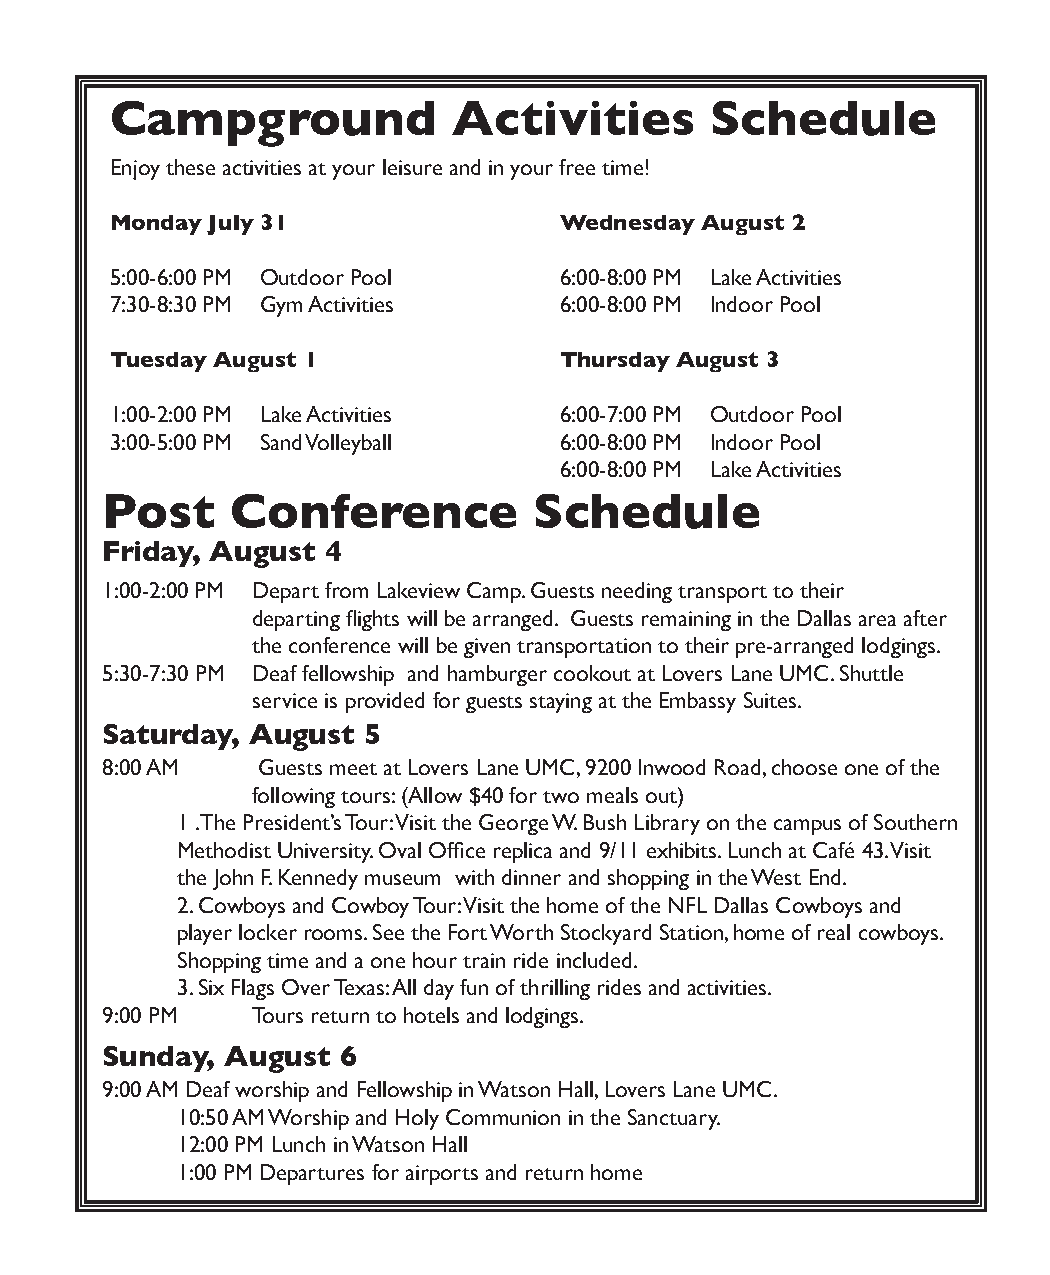
Campground             Activities       Schedule
 Enjoy these activities at your leisure and in your free time!
 Monday July 31                Wednesday August 2
 5:00-6:00 PM Outdoor Pool     6:00-8:00 PM Lake Activities
 7:30-8:30 PM Gym Activities   6:00-8:00 PM Indoor Pool
 Tuesday August 1              Thursday August 3
 1:00-2:00 PM Lake Activities  6:00-7:00 PM Outdoor Pool
 3:00-5:00 PM Sand Volleyball  6:00-8:00 PM Indoor Pool
 6:00-8:00 PM Lake Activities
 Post    Conference          Schedule
 Friday, August 4
 1:00-2:00 PM Depart from Lakeview Camp. Guests needing transport to their
 departing flights will be arranged. Guests remaining in the Dallas area after
 the conference will be given transportation to their pre-arranged lodgings.
 5:30-7:30 PM Deaf fellowship and hamburger cookout at Lovers Lane UMC. Shuttle
 service is provided for guests staying at the Embassy Suites.
 Saturday, August 5
 8:00 AM   Guests meet at Lovers Lane UMC, 9200 Inwood Road, choose one of the
 following tours: (Allow $40 for two meals out)
 1 .The President’s Tour: Visit the George W. Bush Library on the campus of Southern
 Methodist University. Oval Office replica and 9/11 exhibits. Lunch at Café 43. Visit
 the John F. Kennedy museum with dinner and shopping in the West End.
 2. Cowboys and Cowboy Tour: Visit the home of the NFL Dallas Cowboys and
 player locker rooms. See the Fort Worth Stockyard Station, home of real cowboys.
 Shopping time and a one hour train ride included.
 3. Six Flags Over Texas: All day fun of thrilling rides and activities.
 9:00 PM   Tours return to hotels and lodgings.
 Sunday, August 6
 9:00 AM Deaf worship and Fellowship in Watson Hall, Lovers Lane UMC.
 10:50 AM Worship and Holy Communion in the Sanctuary.
 12:00 PM Lunch in Watson Hall
 1:00 PM Departures for airports and return home